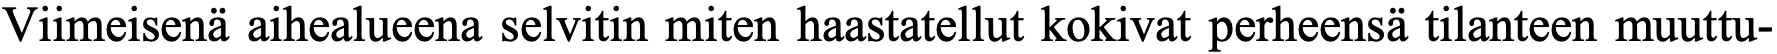
Viimeisenä aihealueena selvitin miten haastatellut kokivat perheensä tilanteen muuttu-